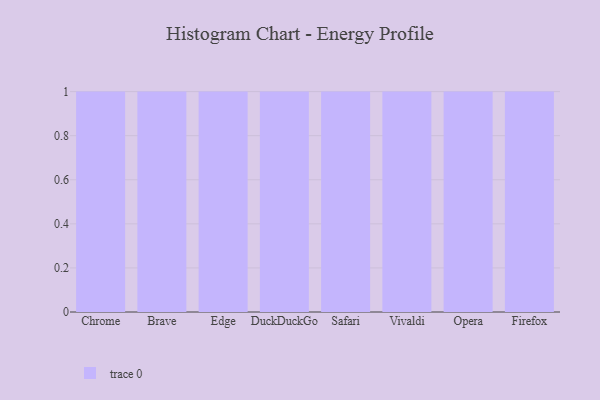
{"axis": {"x": "Browser", "y": "Temperature (°C)"}, "legend": [""], "data": [{"x": "Chrome", "y": 29, "type": ""}, {"x": "Brave", "y": 76, "type": ""}, {"x": "Edge", "y": 13, "type": ""}, {"x": "DuckDuckGo", "y": 78, "type": ""}, {"x": "Safari", "y": 1, "type": ""}, {"x": "Vivaldi", "y": 27, "type": ""}, {"x": "Opera", "y": 2, "type": ""}, {"x": "Firefox", "y": 81, "type": ""}]}